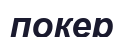
покер